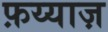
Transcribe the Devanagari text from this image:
फ़य्याज़